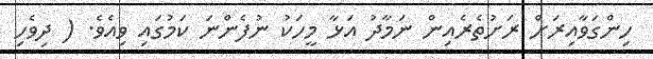
ހިންގަވާއިރަށް ރަށުތެރެއިން ނަމާދު އަޅާ މީހަކު ނުފެންނަ ކަމުގައި ވިއެވެ. ( ދިވެހި